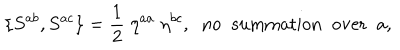
LaTeX: \{ S ^ { a b } , S ^ { a c } \} = \frac { 1 } { 2 } \; \eta ^ { a a } \; \eta ^ { b c } , \; \; \mathrm { n o \; \; s u m m a t i o n \; \; o v e r \; \; a } ,